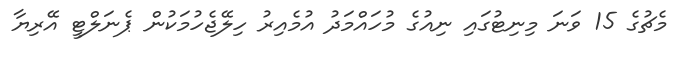
މެޗުގެ 15 ވަނަ މިނިޓުގައި ނިއުގެ މުހައްމަދު އުމެއިރު ހިލޭޖެހުމަކުން ޕެނަލްޓީ އޭރިޔާ